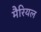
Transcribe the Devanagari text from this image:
मैरियल